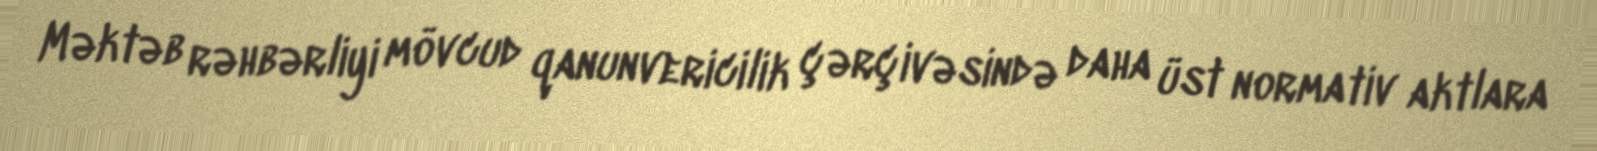
Məktəb rəhbərliyi mövcud qanunvericilik çərçivəsində daha üst normativ aktlara